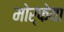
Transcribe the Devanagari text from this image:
मोर्फेया